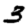
Digit: 3